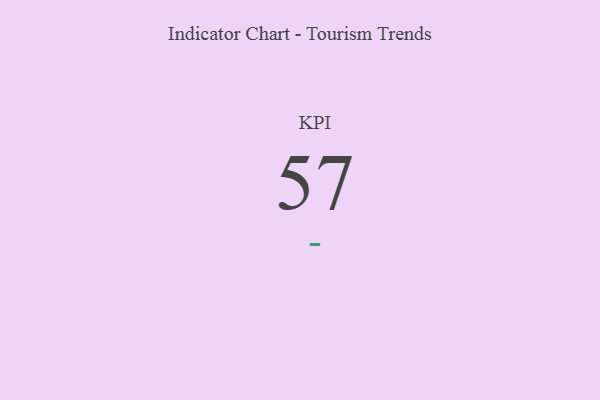
{"axis": {"x": "KPI", "y": "Value"}, "legend": [""], "data": [{"x": "KPI", "y": 57, "type": ""}]}